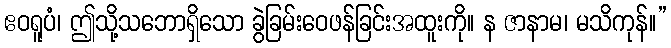
ဧဝရူပံ၊ ဤသို့သဘောရှိသော ခွဲခြမ်းဝေဖန်ခြင်းအထူးကို။ န ဇာနာမ၊ မသိကုန်။”